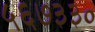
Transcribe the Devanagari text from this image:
५६७३३०